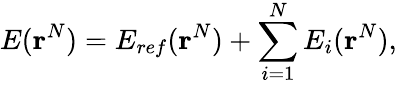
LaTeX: E({\mathbf r}^{N})=E_{ref}({\mathbf r}^{N})+\sum_{i=1}^{N}E_{i}({\mathbf r}^{N}),